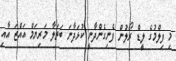
މި ފިލްމުގެ ލީޑް ރޯލުން ފެނިގެންދާނީ ކުޅަދާނަ ބަތަލާ މަރިޔަމް އައްޒަ އާއި